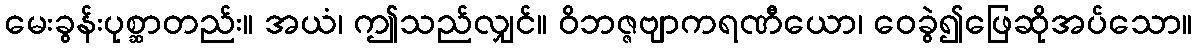
မေးခွန်းပုစ္ဆာတည်း။ အယံ၊ ဤသည်လျှင်။ ဝိဘဇ္ဇဗျာကရဏီယော၊ ဝေခွဲ၍ဖြေဆိုအပ်သော။